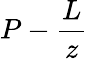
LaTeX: P-\frac{L}{z}